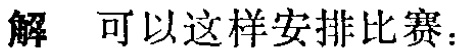
解 可以这样安排比赛：